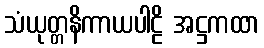
သံယုတ္တနိကာယပါဠိ အဋ္ဌကထာ